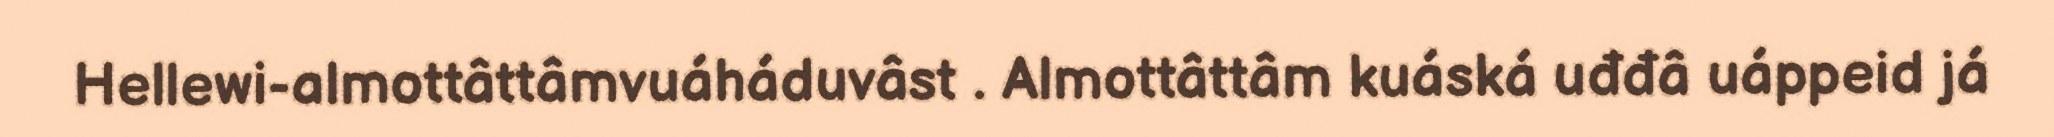
Hellewi-almottâttâmvuáháduvâst . Almottâttâm kuáská uđđâ uáppeid já